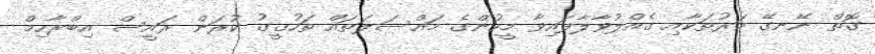
ގޮތް ނޭނގޭ މަރުތަކާއި ގެއްލުވާލާފައިވާ މީހުންގެ މައްސަލަތައް ތަހުގީގު ކުރަން ރައީސް އިބްރާހިމް